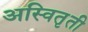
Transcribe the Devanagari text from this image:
अस्वितृती